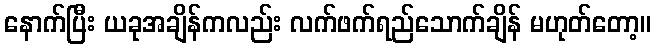
နောက်ပြီး ယခုအချိန်ကလည်း လက်ဖက်ရည်သောက်ချိန် မဟုတ်တော့။